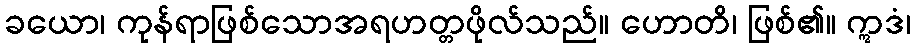
ခယော၊ ကုန်ရာဖြစ်သောအရဟတ္တဖိုလ်သည်။ ဟောတိ၊ ဖြစ်၏။ ဣဒံ၊